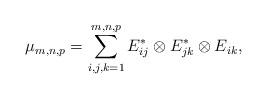
LaTeX: \begin{align*}\mu_{m,n,p}=\sum_{i,j,k=1}^{m,n,p} E_{ij}^* \otimes E_{jk}^*\otimes E_{ik},\end{align*}